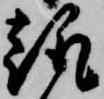
趣